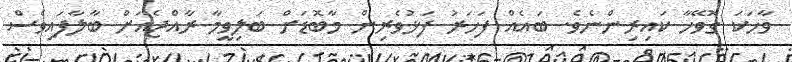
ވާހަކަ ގޮވޭހާ ކައިރިންނެވެ. ބައެއް ފަހަރު ފަޅުވެރިން މާބޮޑަށް ބަލިވީމާ ރާއްޖެއަށް ބާލާފައިވެސް